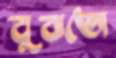
বুঝতো